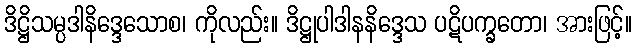
ဒိဋ္ဌိသမ္ပဒါနိဒ္ဒေသောစ၊ ကိုလည်း။ ဒိဋ္ဌုပါဒါနနိဒ္ဒေသ ပဋိပက္ခတော၊ အားဖြင့်။